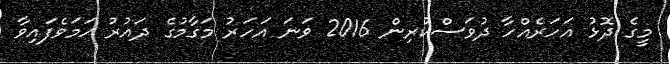
މީގެ ދޮޅު އަހަރެއްހާ ދުވަސްކުރިން 2016 ވަނަ އަހަރު މަގާމުގެ ދައުރު ހަމަވެފައިވާ